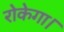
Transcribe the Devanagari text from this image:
रोकेगा।